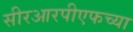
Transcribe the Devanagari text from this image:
सीरआरपीएफच्या